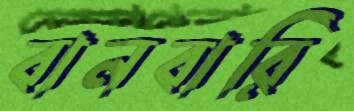
বানবারি